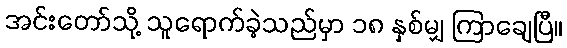
အင်းတော်သို့ သူရောက်ခဲ့သည်မှာ ၁၈ နှစ်မျှ ကြာချေပြီ။